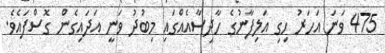
475 ވަނަ އަހަރު ހިގި އަލިފާނުގެ ހާދިސާއެއްގައި މިބުދު ވަނީ އަދައިގެން ގޮސްފައެވެ.